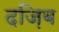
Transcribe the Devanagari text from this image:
दज़िब